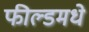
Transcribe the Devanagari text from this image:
फील्डमधे